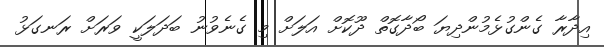
އިދާރާ ގެންގުޅެމުންދިޔަ ބޯދާގޮތް ދޫކޮށް އަލަށް މި ގެނެވުނު ބަދަލަކީ ވަރަށް ރަނގަޅު